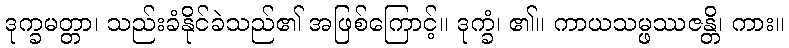
ဒုက္ခမတ္တာ၊ သည်းခံနိုင်ခဲသည်၏ အဖြစ်ကြောင့်။ ဒုက္ခံ၊ ၏။ ကာယသမ္ဖဿဇန္တိ၊ ကား။